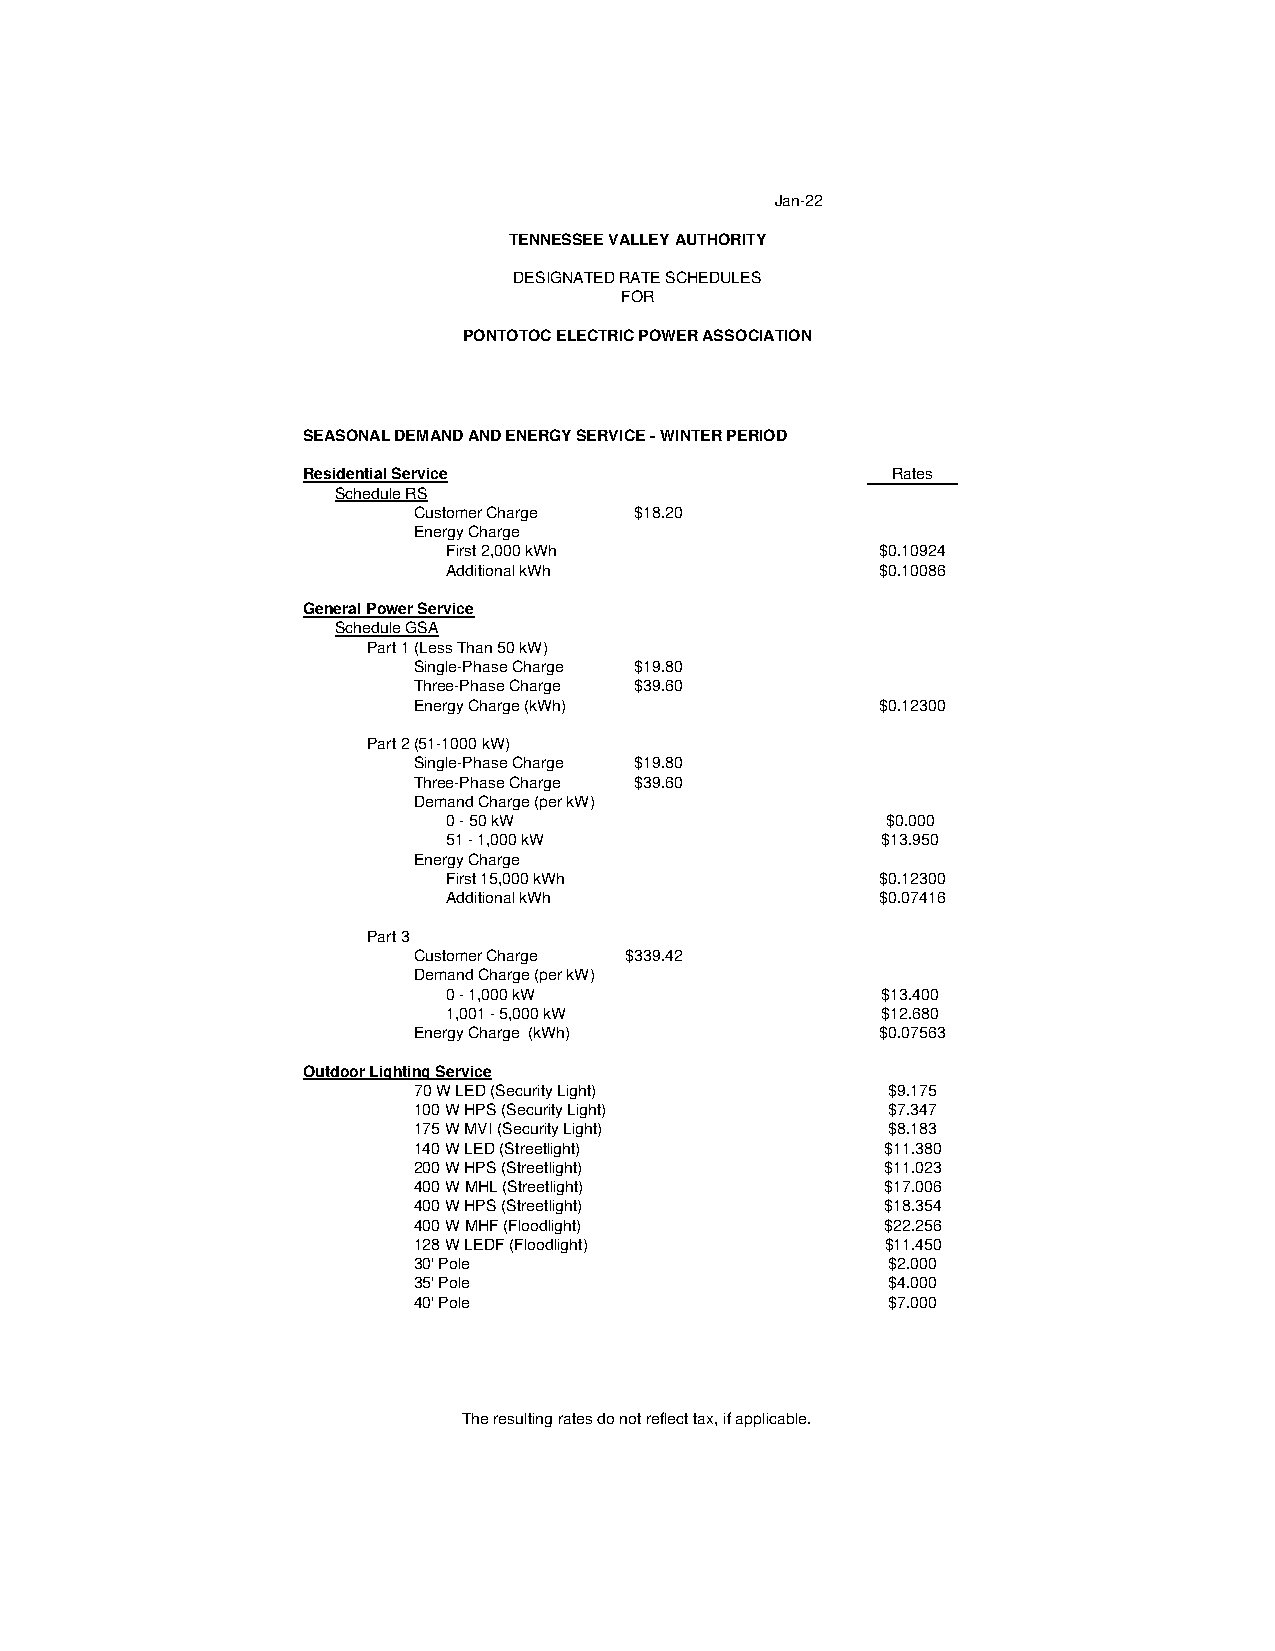
Jan-22
 TENNESSEE VALLEY AUTHORITY
 DESIGNATED RATE SCHEDULES
 FOR
 PONTOTOC ELECTRIC POWER ASSOCIATION
 SEASONAL DEMAND AND ENERGY SERVICE - WINTER PERIOD
 Residential Service                    Rates
 Schedule RS
 Customer Charge $18.20
 Energy Charge
 First 2,000 kWh             $0.10924
 Additional kWh              $0.10086
 General Power Service
 Schedule GSA
 Part 1(Less Than 50 kW)
 Single-Phase Charge $19.80
 Three-Phase Charge $39.60
 Energy Charge (kWh)            $0.12300
 Part 2(51-1000 kW)
 Single-Phase Charge $19.80
 Three-Phase Charge $39.60
 Demand Charge (per kW)
 0 - 50 kW                    $0.000
 51 - 1,000 kW               $13.950
 Energy Charge
 First 15,000 kWh            $0.12300
 Additional kWh              $0.07416
 Part 3
 Customer Charge $339.42
 Demand Charge (per kW)
 0 - 1,000 kW                $13.400
 1,001 - 5,000 kW            $12.680
 Energy Charge (kWh)            $0.07563
 Outdoor Lighting Service
 70 W LED (Security Light)       $9.175
 100 W HPS (Security Light)      $7.347
 175 W MVI (Security Light)      $8.183
 140 W LED (Streetlight)         $11.380
 200 W HPS (Streetlight)         $11.023
 400 W MHL (Streetlight)         $17.006
 400 W HPS (Streetlight)         $18.354
 400 W MHF (Floodlight)          $22.256
 128 W LEDF (Floodlight)         $11.450
 30' Pole                        $2.000
 35' Pole                        $4.000
 40' Pole                        $7.000
 The resulting rates do not reflect tax, if applicable.